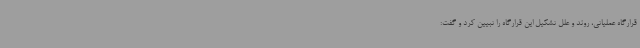
قرارگاه عملیاتی، روند و علل تشکیل این قرارگاه را تبیین کرد و گفت: